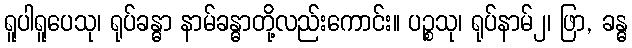
ရူပါရူပေသု၊ ရုပ်ခန္ဓာ နာမ်ခန္ဓာတို့လည်းကောင်း။ ပဉ္စသု၊ ရုပ်နာမ်၂၊ ဖြာ, ခန္ဓ